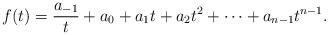
LaTeX: \begin{align*} f(t)=\frac {a_{-1}} t + a_0 + a_1 t + a_2 t^2 + \cdots + a_{n-1} t^{n-1}. \end{align*}